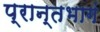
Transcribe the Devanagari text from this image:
प्रान्तभागं